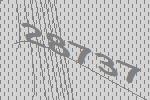
28737